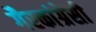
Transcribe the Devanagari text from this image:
गैरकांग्रेसी